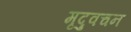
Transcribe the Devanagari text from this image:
मृदुवचन